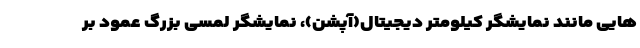
هایی مانند نمایشگر کیلومتر دیجیتال(آپشن)، نمایشگر لمسی بزرگ عمود بر